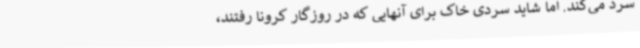
سرد می‌کند. اما شاید سردی خاک برای آنهایی که در روزگار کرونا رفتند،